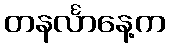
တနင်္လာနေ့က